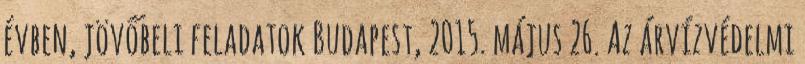
évben, jövőbeli feladatok Budapest, 2015. május 26. Az árvízvédelmi